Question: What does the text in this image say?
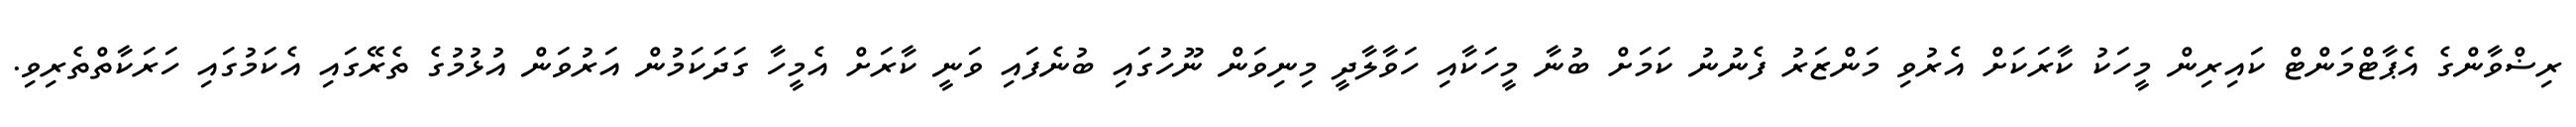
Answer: ރިޟްވާންގެ އެޕާޓްމަންޓް ކައިރިން މީހަކު ކާރަކަށް އެރުވި މަންޒަރު ފެނުނު ކަމަށް ބުނާ މީހަކާއި ހަވާލާދީ މިނިވަން ނޫހުގައި ބުނެފައި ވަނީ ކާރަށް އެމީހާ ގަދަކަމުން އަރުވަން އުޅުމުގެ ތެރޭގައި އެކަމުގައި ހަރަކާތްތެރިވި.